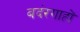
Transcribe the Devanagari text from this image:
बदंरगाहों